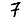
Digit: 7